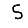
Digit: 5